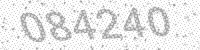
Solution: 084240